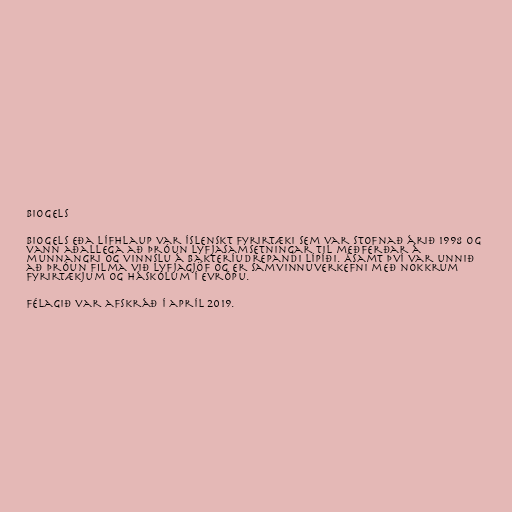
Biogels

Biogels eða Lífhlaup var íslenskt fyrirtæki sem var stofnað árið 1998 og
vann aðallega að þróun lyfjasamsetningar til meðferðar á
munnangri og vinnslu á bakteríudrepandi lípíði. Ásamt því var unnið
að þróun filma við lyfjagjöf og er samvinnuverkefni með nokkrum
fyrirtækjum og háskólum í Evrópu.

Félagið var afskráð í apríl 2019.